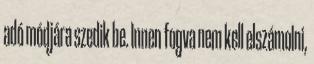
adó módjára szedik be. Innen fogva nem kell elszámolni,